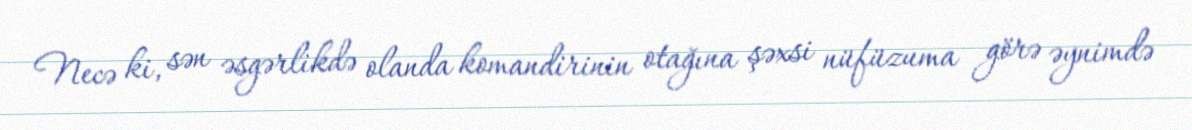
Necə ki, sən əsgərlikdə olanda komandirinin otağına şəxsi nüfüzuma görə əynimdə